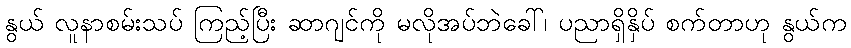
နွယ် လူနာစမ်းသပ် ကြည့်ပြီး ဆာဂျင်ကို မလိုအပ်ဘဲခေါ်၊ ပညာရှိနှိပ် စက်တာဟု နွယ်က